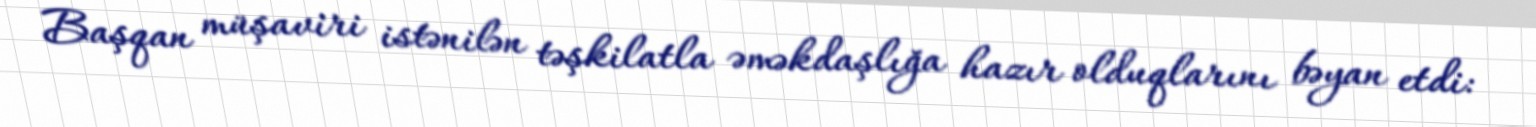
Başqan müşaviri istənilən təşkilatla əməkdaşlığa hazır olduqlarını bəyan etdi: